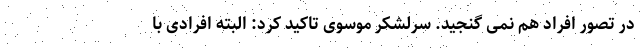
در تصور افراد هم نمی گنجید. سرلشکر موسوی تاکید کرد: البته افرادی با